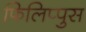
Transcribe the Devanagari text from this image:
फिलिप्पुस